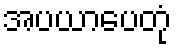
အပယာပေတုံ